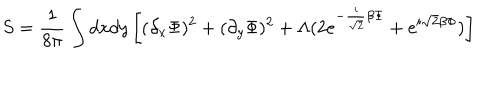
LaTeX: S = { \frac { 1 } { 8 \pi } } \int d x d y \left[ ( \partial _ { x } \Phi ) ^ { 2 } + ( \partial _ { y } \Phi ) ^ { 2 } + \Lambda ( 2 e ^ { - { \frac { i } { \sqrt { 2 } } } \beta \Phi } + e ^ { i \sqrt { 2 } \beta \Phi } ) \right]